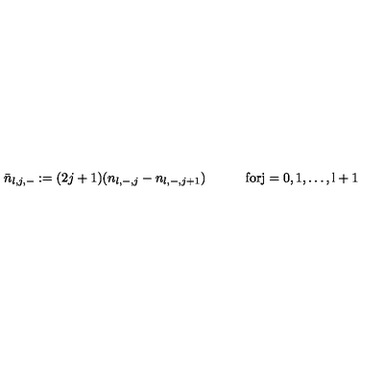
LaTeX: \bar { n } _ { l , j , - } : = ( 2 j + 1 ) ( n _ { l , - , j } - n _ { l , - , j + 1 } ) \qquad \quad \mathrm { f o r j = 0 , 1 , \dots , l + 1 }